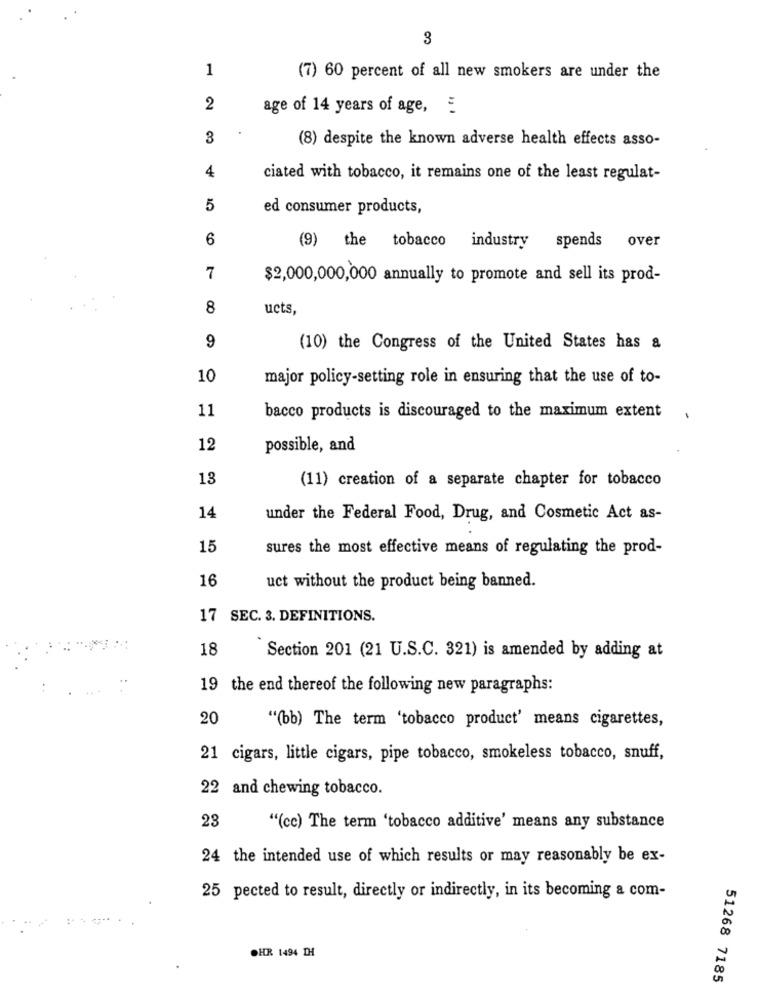
3
1
(7) 60 percent of all new smokers are under the
2
age of 14 years of age,
3
(8) despite the known adverse health effects asso-
4
ciated with tobacco, it remains one of the least regulat-
5
ed consumer products,
6
spends over
(9) the tobacco industry
7
$2,000,000,000 annually to promote and sell its prod-
8
ucts,
9
(10) the Congress of the United States has a
10
major policy-setting role in ensuring that the use of to-
11
bacco products is discouraged to the maximum extent
12
possible, and
13
(11) creation of a separate chapter for tobacco
14
under the Federal Food, Drug, and Cosmetic Act as-
15
sures the most effective means of regulating the prod-
16
uct without the product being banned.
17 SEC. 3. DEFINITIONS.
18
Section 201 (21 U.S.C. 321) is amended by adding at
19 the end thereof the following new paragraphs:
20
"(bb) The term 'tobacco product' means cigarettes,
21 cigars, little cigars, pipe tobacco, smokeless tobacco, snuff,
22 and chewing tobacco.
23
"(cc) The term 'tobacco additive' means any substance
24 the intended use of which results or may reasonably be ex-
25 pected to result, directly or indirectly, in its becoming a com-
OHR 1494 TH
51268 7185